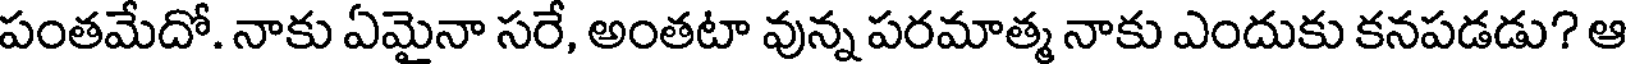
పంతమేదో. నాకు ఏమైనా సరే, అంతటా వున్న పరమాత్మ నాకు ఎందుకు కనపడడు? ఆ